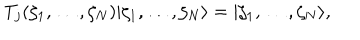
T _ { j } ( \zeta _ { 1 } , \ldots , \zeta _ { N } ) | \zeta _ { 1 } , \ldots , \zeta _ { N } \rangle = | \zeta _ { 1 } , \ldots , \zeta _ { N } \rangle ,